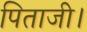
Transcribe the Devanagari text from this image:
पिताजी।